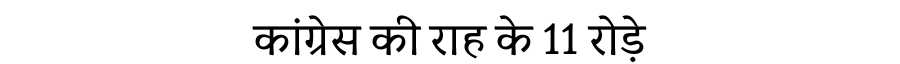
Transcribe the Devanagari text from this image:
कांग्रेस की राह के 11 रोड़े